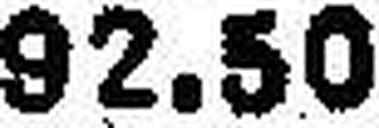
92.50